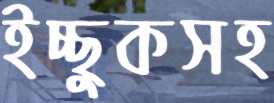
ইচ্ছুকসহ